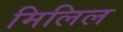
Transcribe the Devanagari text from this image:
मिलिल